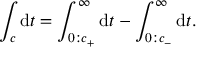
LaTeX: \int _ { c } \mathrm { d } t = \int _ { 0 : c _ { + } } ^ { \infty } \mathrm { d } t - \int _ { 0 : c _ { - } } ^ { \infty } \mathrm { d } t .